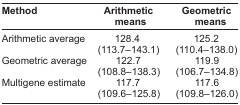
<table><thead><tr><td><b>Method</b></td><td><b>Arithmetic means</b></td><td><b>Geometric Means</b></td></tr></thead><tbody><tr><td>Arithmetic average</td><td>128.4 (113.7–143.1)</td><td>125.2 (110.4–138.0)</td></tr><tr><td>Geometric average</td><td>122.7 (108.8–138.3)</td><td>119.9 (106.7–134.8)</td></tr><tr><td>Multigene estimate</td><td>117.7 (109.6–125.8)</td><td>117.6 (109.8–126.0)</td></tr></tbody></table>